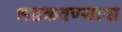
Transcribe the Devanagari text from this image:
भडकवण्यास